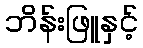
ဘိန်းဖြူနှင့်